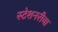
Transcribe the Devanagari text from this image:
स्टेशनरीचा